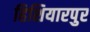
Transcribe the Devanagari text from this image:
हिशियारपुर